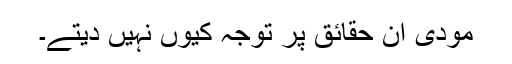
مودی ان حقائق پر توجہ کیوں نہیں دیتے۔